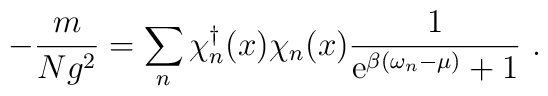
- \frac{m}{Ng^2} = \sum_n \chi_n^{\dagger}(x) \chi_n(x) \frac{1}{{\rm e}^{\beta (\omega_n- \mu)}+1} \ .